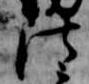
法